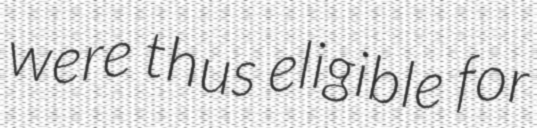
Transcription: were thus eligible for